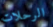
الرحلات